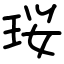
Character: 珱